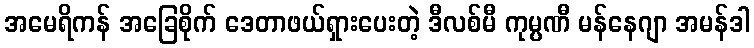
အမေရိကန် အခြေစိုက် ဒေတာဖယ်ရှားပေးတဲ့ ဒီလစ်မီ ကုမ္ပဏီ မန်နေဂျာ အမန်ဒါ